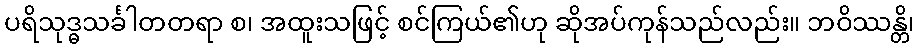
ပရိသုဒ္ဓသင်္ခါတတရာ စ၊ အထူးသဖြင့် စင်ကြယ်၏ဟု ဆိုအပ်ကုန်သည်လည်း။ ဘဝိဿန္တိ၊